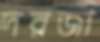
দরজা